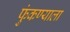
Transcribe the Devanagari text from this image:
फुंकण्याला